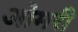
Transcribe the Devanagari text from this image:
ओमरी